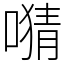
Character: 𫫜